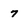
Character: 7